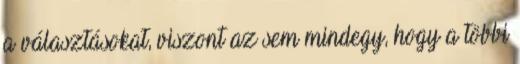
a választásokat, viszont az sem mindegy, hogy a többi